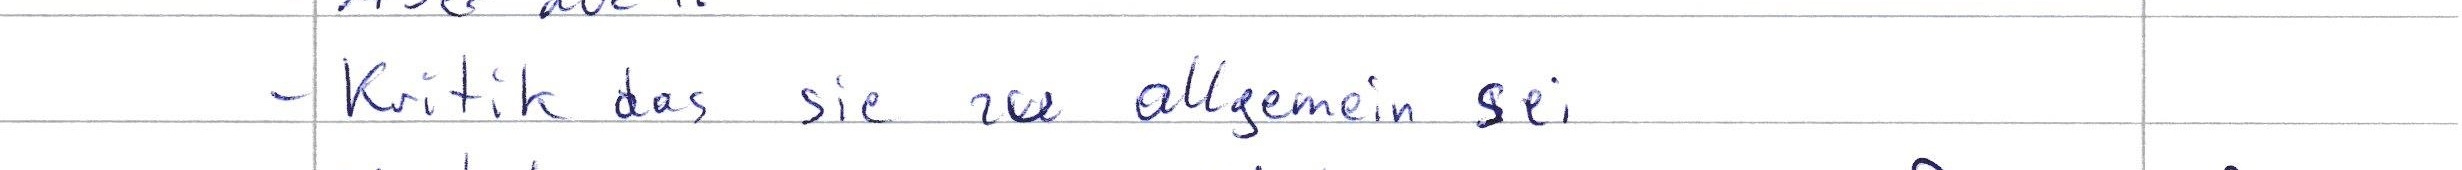
- Kritik das sie zu allgemein sei